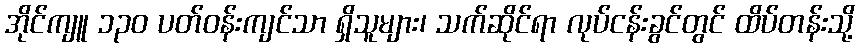
အိုင်ကျူ ၁၃၀ ပတ်ဝန်းကျင်သာ ရှိသူများ၊ သက်ဆိုင်ရာ လုပ်ငန်းခွင်တွင် ထိပ်တန်းသို့